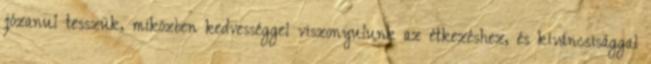
józanul tesszük, miközben kedvességgel viszonyulunk az étkezéshez, és kíváncsisággal